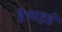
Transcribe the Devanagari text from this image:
हैलाइडें